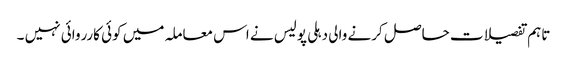
تاہم تفصیلات حاصل کرنے والی دہلی پولیس نے اس معاملہ میں کوئی کارروائی نہیں ۔